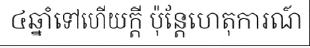
៤ឆ្នាំទៅហើយក្តី ប៉ុន្តែហេតុការណ៍